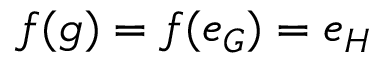
f ( g ) = f ( e _ { G } ) = e _ { H }